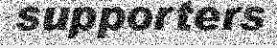
supporters